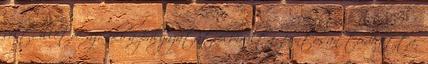
volt, illetve az, aki a pályázatát elbírálta, pontosan tudhatta,